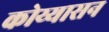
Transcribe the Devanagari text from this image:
कोय्यासन